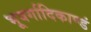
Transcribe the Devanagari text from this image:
भूवर्गादिकाण्डं